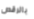
بالرقص